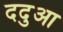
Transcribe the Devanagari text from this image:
ददुआ